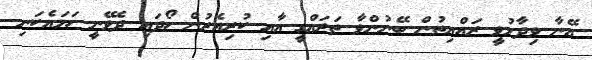
އޭނާ ވިދާޅުވީ ރައްޔިތުން ބޭނުންވާ ތަރައްގީ އާއި ކުރިއެރުން ހޯދައި ދެވޭނީ ހަމައެކަނި